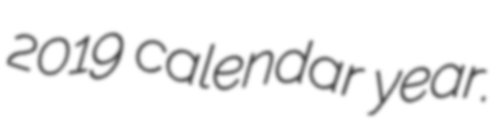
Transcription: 2019 calendar year.